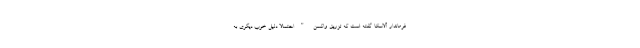
فرماندار آلاسکا گفته است که تزریق واکسن "احتمالا دلیل خوب دیگری به